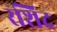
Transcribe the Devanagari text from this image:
रशिद